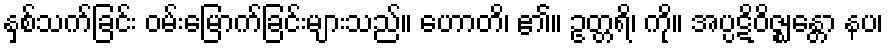
နှစ်သက်ခြင်း ဝမ်းမြောက်ခြင်းများသည်။ ဟောတိ၊ ၏။ ဥတ္တရိ၊ ကို။ အပ္ပဋိဝိဇ္ဈန္တော နပ၊